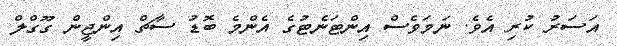
އަސަރު ކުރި އެވެ. ނަމަވެސް އިންޓަނެޓުގެ އެންމެ ބޮޑު ސާޗް އިންޖީން ގޫގްލް